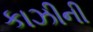
કાઝીની